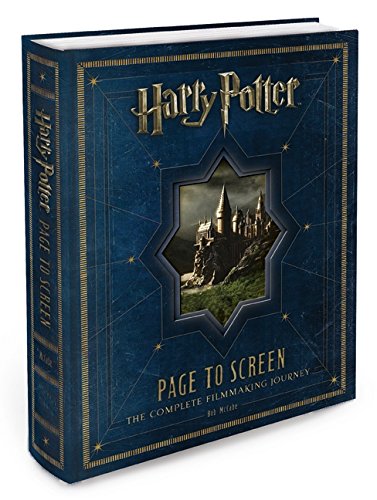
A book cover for Harry Potter Page to Screen: The Complete Filmmaking Journey; Bob McCabe; Humor & Entertainment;